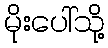
မိုးပေါ်သို့